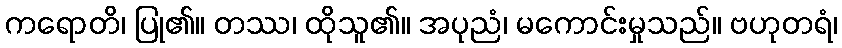
ကရောတိ၊ ပြု၏။ တဿ၊ ထိုသူ၏။ အပုညံ၊ မကောင်းမှုသည်။ ဗဟုတရံ၊